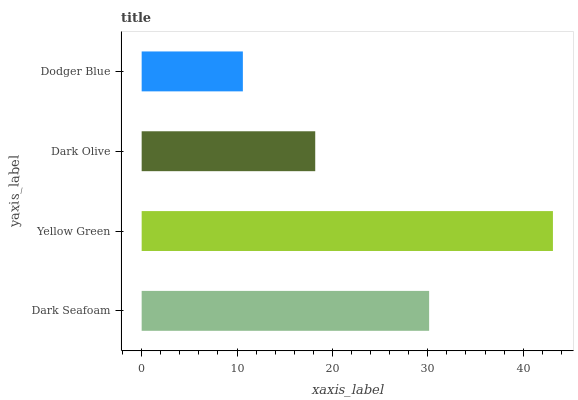
| yaxis_label | bars |
 | --- | --- |
 | Dark Seafoam | 30.1 |
 | Yellow Green | 43.1 |
 | Dark Olive | 18.2 |
 | Dodger Blue | 10.6 |